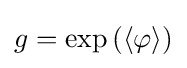
g=\exp \left(\langle \varphi \rangle \right)